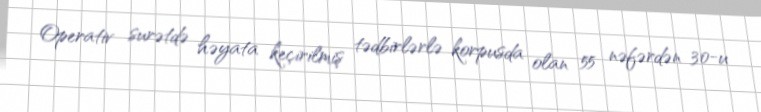
Operativ surətdə həyata keçirilmiş tədbirlərlə korpusda olan 55 nəfərdən 30-u